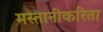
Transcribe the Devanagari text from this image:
मस्तानीकरिता